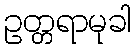
ဥတ္တရာမုခါ